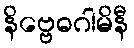
နိဗ္ဗေဓဂါမိနီ